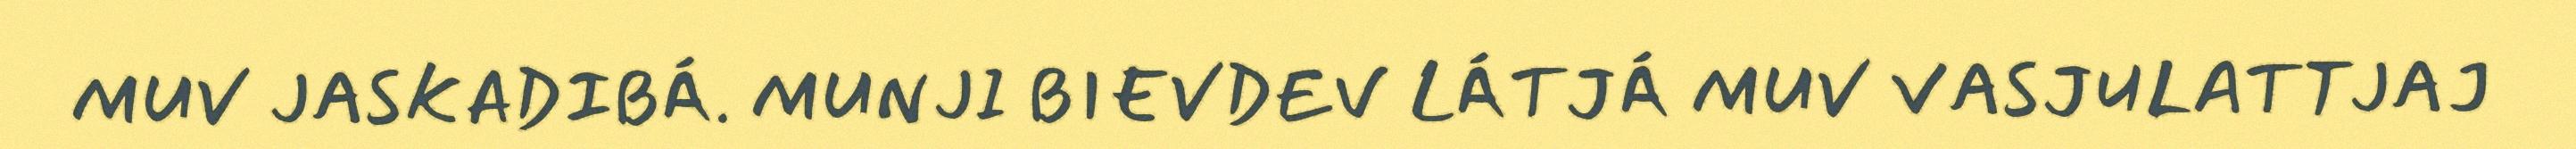
MUV JASKADIBÁ. MUNJI BIEVDEV LÁTJÁ MUV VASJULATTJAJ